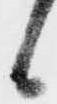
候